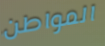
المواطن